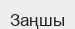
Заңшы